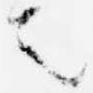
者